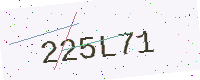
Text: 225L71